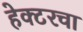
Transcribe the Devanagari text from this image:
हेक्टरचा